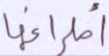
أطرافها